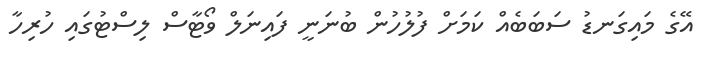
އޭގެ މައިގަނޑު ސަބަބެއް ކަމަށް ފުލުހުން ބުނަނީ ފައިނަލް ވޯޓާސް ލިސްޓުގައި ހުރިހާ